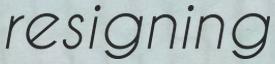
resigning